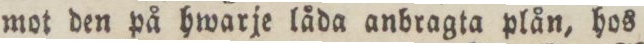
mot den på hwarje låda anbragta plån, hos